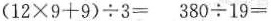
$$( 1 2 \times 9 + 9 ) \div 3 =$$ $$3 8 0 \div 1 9 =$$